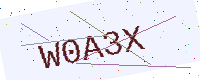
Text: W0A3X